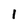
Character: 1